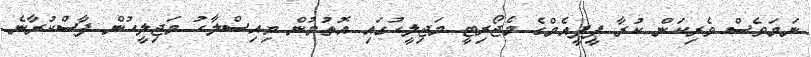
ނަމަވެސް ވެރިކަން ކުރާ ޕީޕީއެމްގެ މެޖޯރިޓީ މަޖިލީހުގައި އޮތުމުން މިއިސްލާހު މަޖިލީހުން ފާސްކުރާނެ